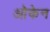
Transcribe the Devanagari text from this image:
ओकेन